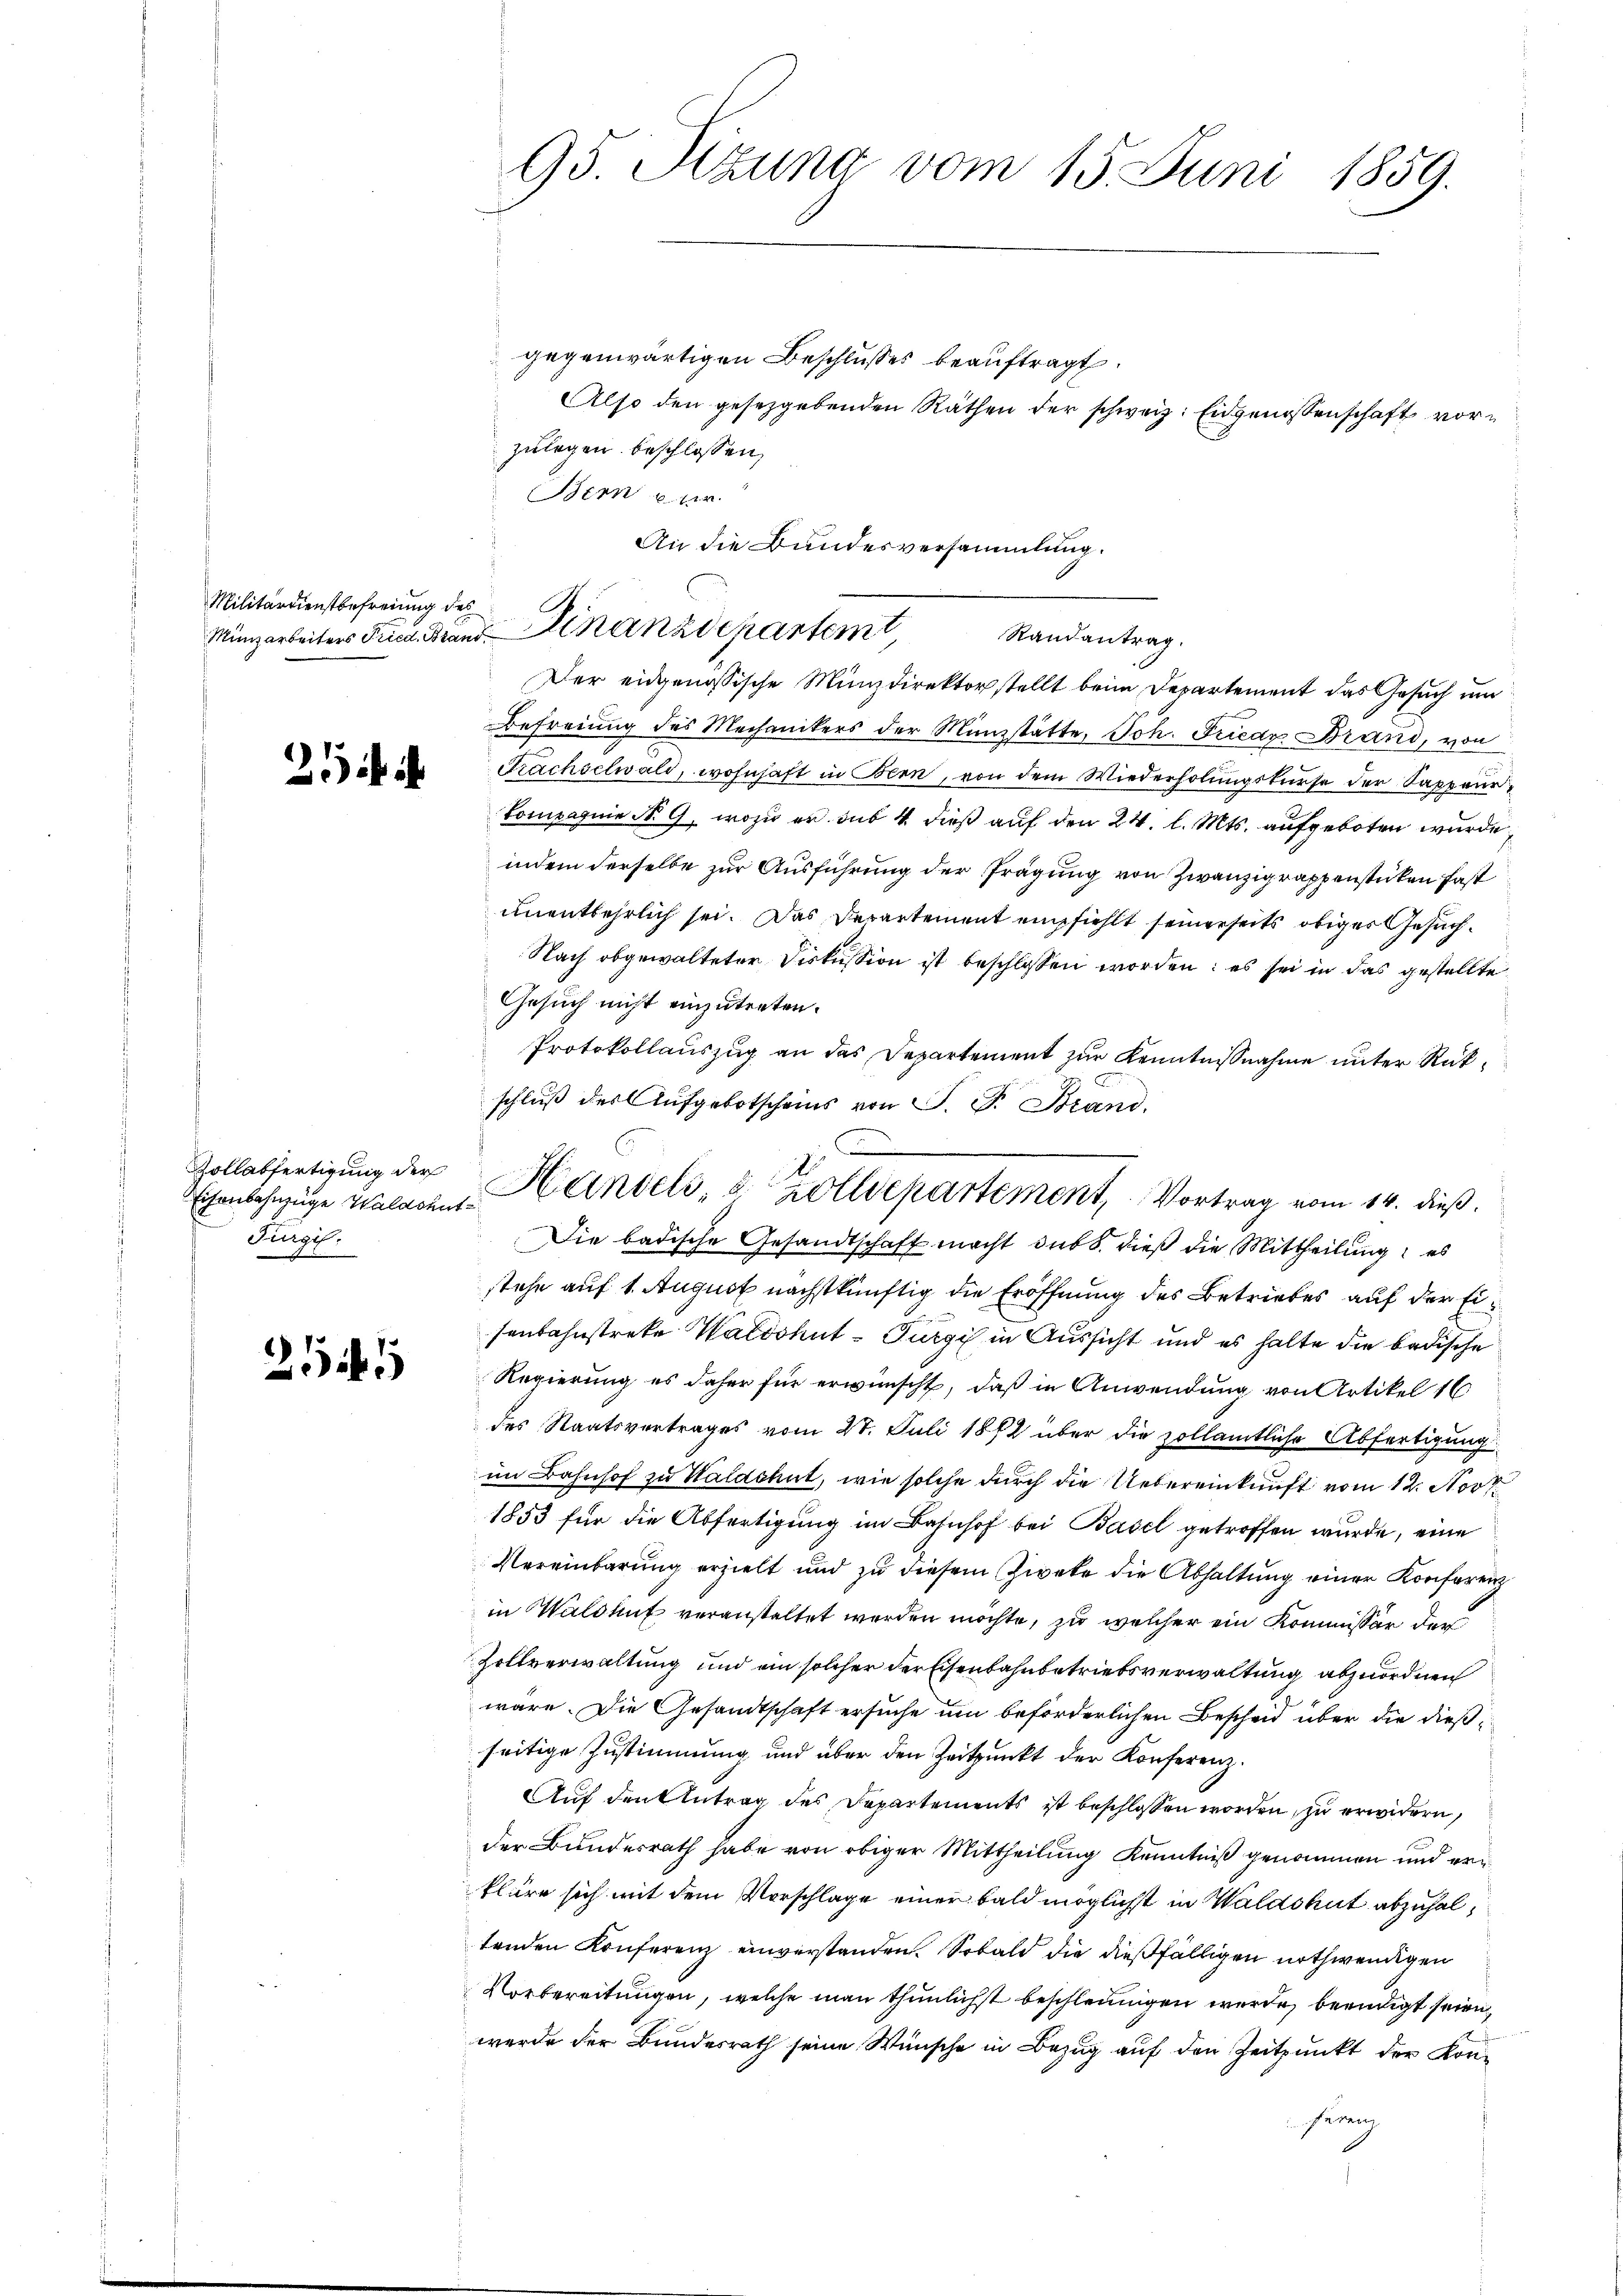
Militärdienstbefreiung des

2

Zollabfertigung der
Eisenbahnzüge Waldshut¬
Furgil:

254

gegenwärtigen Beschlusses beauftragt.
Also den gesetzgebenden Räthen der schweiz. Eidgenossenschaft vorzulegen beschlossen,
Bern
An die Bandesversammlung.

95. Sizung vom 15. Juni 1859.

I
Münzarbeiters Fried. Brand andepartem Randantrag

Der eidgenössische Münzdirektor stellt beim Departement das Gesuch um
Befreiung des Mechanikers der Münzstätte, Joh. Friedr Brand, von
Frachselwald, wohnhaft in Bern, von dem Wiederholungskurse der Sappeur
Compagnie N. 9, wozu er sub 4 dieß auf den 24. l. Mts. aufgeboten wurde
indem derselbe zur Ausführung der Prägung von Zwanzig rappenstücken fast
unentbehrlich sei. Das Derartement empfiehlt seinerseits obiger Gesuch¬
Nach abgewalteter Diskussion ist beschlossen worden: es sei in das gestellte
Gesuch nicht einzutreten.
Protokollauszug an das Departement zur Kenntnißnahme unter Rückschluß des Aufgebotscheins von P. F. Brand,
Die badische Gesandtschaft macht sub b. dieß die Mittheilung: es
stehe auf 1. August nächstkünftig die Eröffnung des Betriebes auf der Eisenbahnstreke Waldshut-Turgi in Aussicht und es halte die badische
Regierung es daher für erwünscht, daß in Anwendung von Artikel 16
des Staatsvertrages vom 27. Juli 1882 über die zollämtliche Abfertigung
im Bahnhof zu Waldshut, wie solche durch die Uebereinkunft vom 12. Nov.
1853 für die Abfertigung im Bahnhof bei Basel getroffen wurde, eine
Vereinbarung erzielt und zu diesem Zweke die Abhaltung einer Konferenz
in Waldhuf veranstaltet werden möchte, zu welcher ein Kommissär der
Zollverwaltung und ein solcher der Eisenbahnbetriebsverwaltung abzuordnen
wäre. Die Gesandtschaft ersuche um beförderlichen Bescheid über die dießseitige Zustimmung und über den Zeitpunkt der Konferenz¬
Auf den Antrag des Departements ist beschlossen worden, zu erwidern,
der Bundesrath habe von obiger Mittheilung Kenntniß genommen und erkläre sich mit dem Vorschlage einer bald möglichst in Waldshut abzuhaltenden Konferenz einverstanden. Sobald die dießfälligen nothwendigen
Vorbereitungen, welche man thunlichst beschleunigen werde, beendigt seien,
werde der Bundesrath seine Wünsche in Bezug auf den Zeitpunkt der Konsung

Handels, u. Zolldepartement, Vortrag vom 14. dieß.